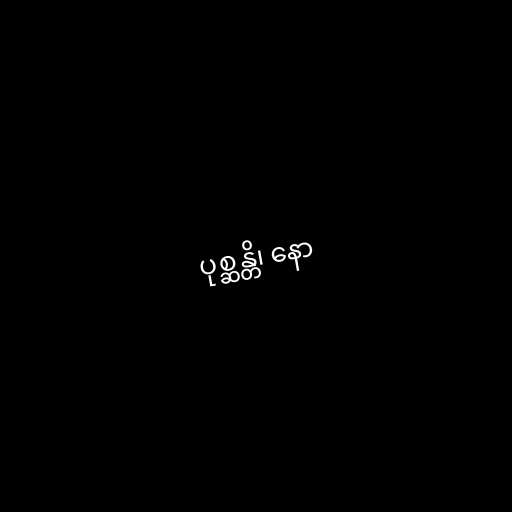
ပုစ္ဆန္တိ၊ နော